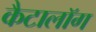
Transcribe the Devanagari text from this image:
कैटालॉग